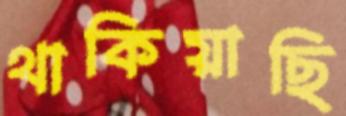
থাকিয়াছি